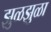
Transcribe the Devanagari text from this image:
झुळझुळा